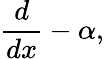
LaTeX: {\frac{d}{dx}}-\alpha,